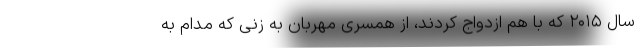
سال ۲۰۱۵ که با هم ازدواج کردند، از همسری مهربان به زنی که مدام به